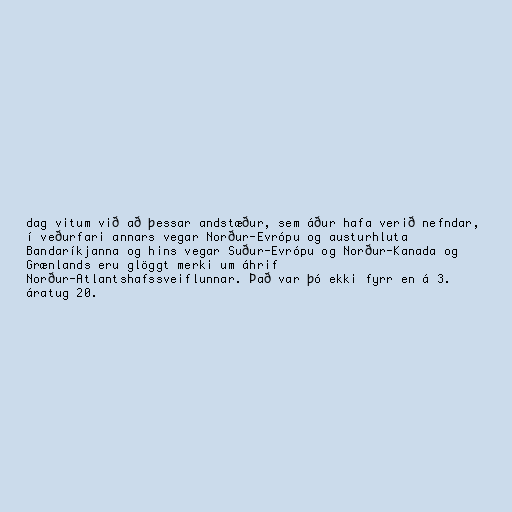
dag vitum við að þessar andstæður, sem áður hafa verið nefndar,
í veðurfari annars vegar Norður-Evrópu og austurhluta
Bandaríkjanna og hins vegar Suður-Evrópu og Norður-Kanada og
Grænlands eru glöggt merki um áhrif
Norður-Atlantshafssveiflunnar. Það var þó ekki fyrr en á 3.
áratug 20.